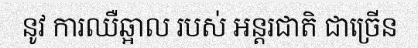
នូវ ការឈឺឆ្អាល របស់ អន្តរជាតិ ជាច្រើន